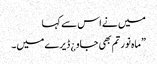
میں نے اس سے کہا
”ماہ نور تم بھی جاو ¿ ڈیرے میں۔